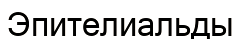
Эпителиальды